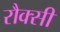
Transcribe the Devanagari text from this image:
रौक्सी